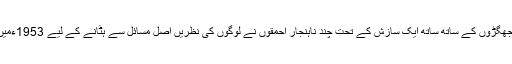
بہرحال وزارتوں، الاٹمنٹوں کے جھگڑوں کے ساتھ ساتھ ایک سازش کے تحت چند ناہنجار احمقوں نے لوگوں کی نظریں اصل مسائل سے ہٹانے کے لیے 1953ءمیں ختمِ نبوت کا مسئلہ کھڑا کر دیا۔